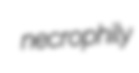
necrophily